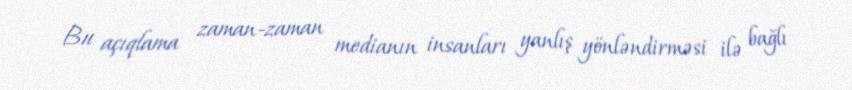
Bu açıqlama zaman-zaman medianın insanları yanlış yönləndirməsi ilə bağlı